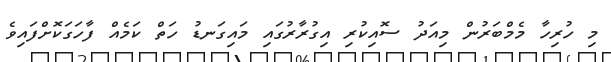
މި ހުރިހާ މެމްބަރުން މިއަދު ސޮއިކުރި އިގުރާރުގައި މައިގަނޑު ހަތް ކަމެއް ފާހަގަކޮށްފައިވެ